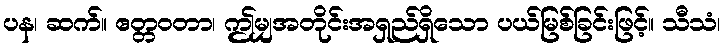
ပန၊ ဆက်။ ဧတ္တဝတာ၊ ဤမျှအတိုင်းအရှည်ရှိသော ပယ်မြစ်ခြင်းဖြင့်။ သီသံ၊